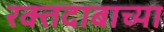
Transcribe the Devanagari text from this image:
रक्तदाबाच्या